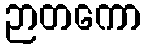
ဉာတကော